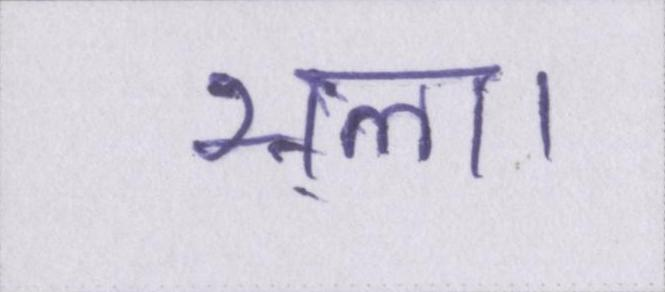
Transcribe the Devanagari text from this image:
भला।